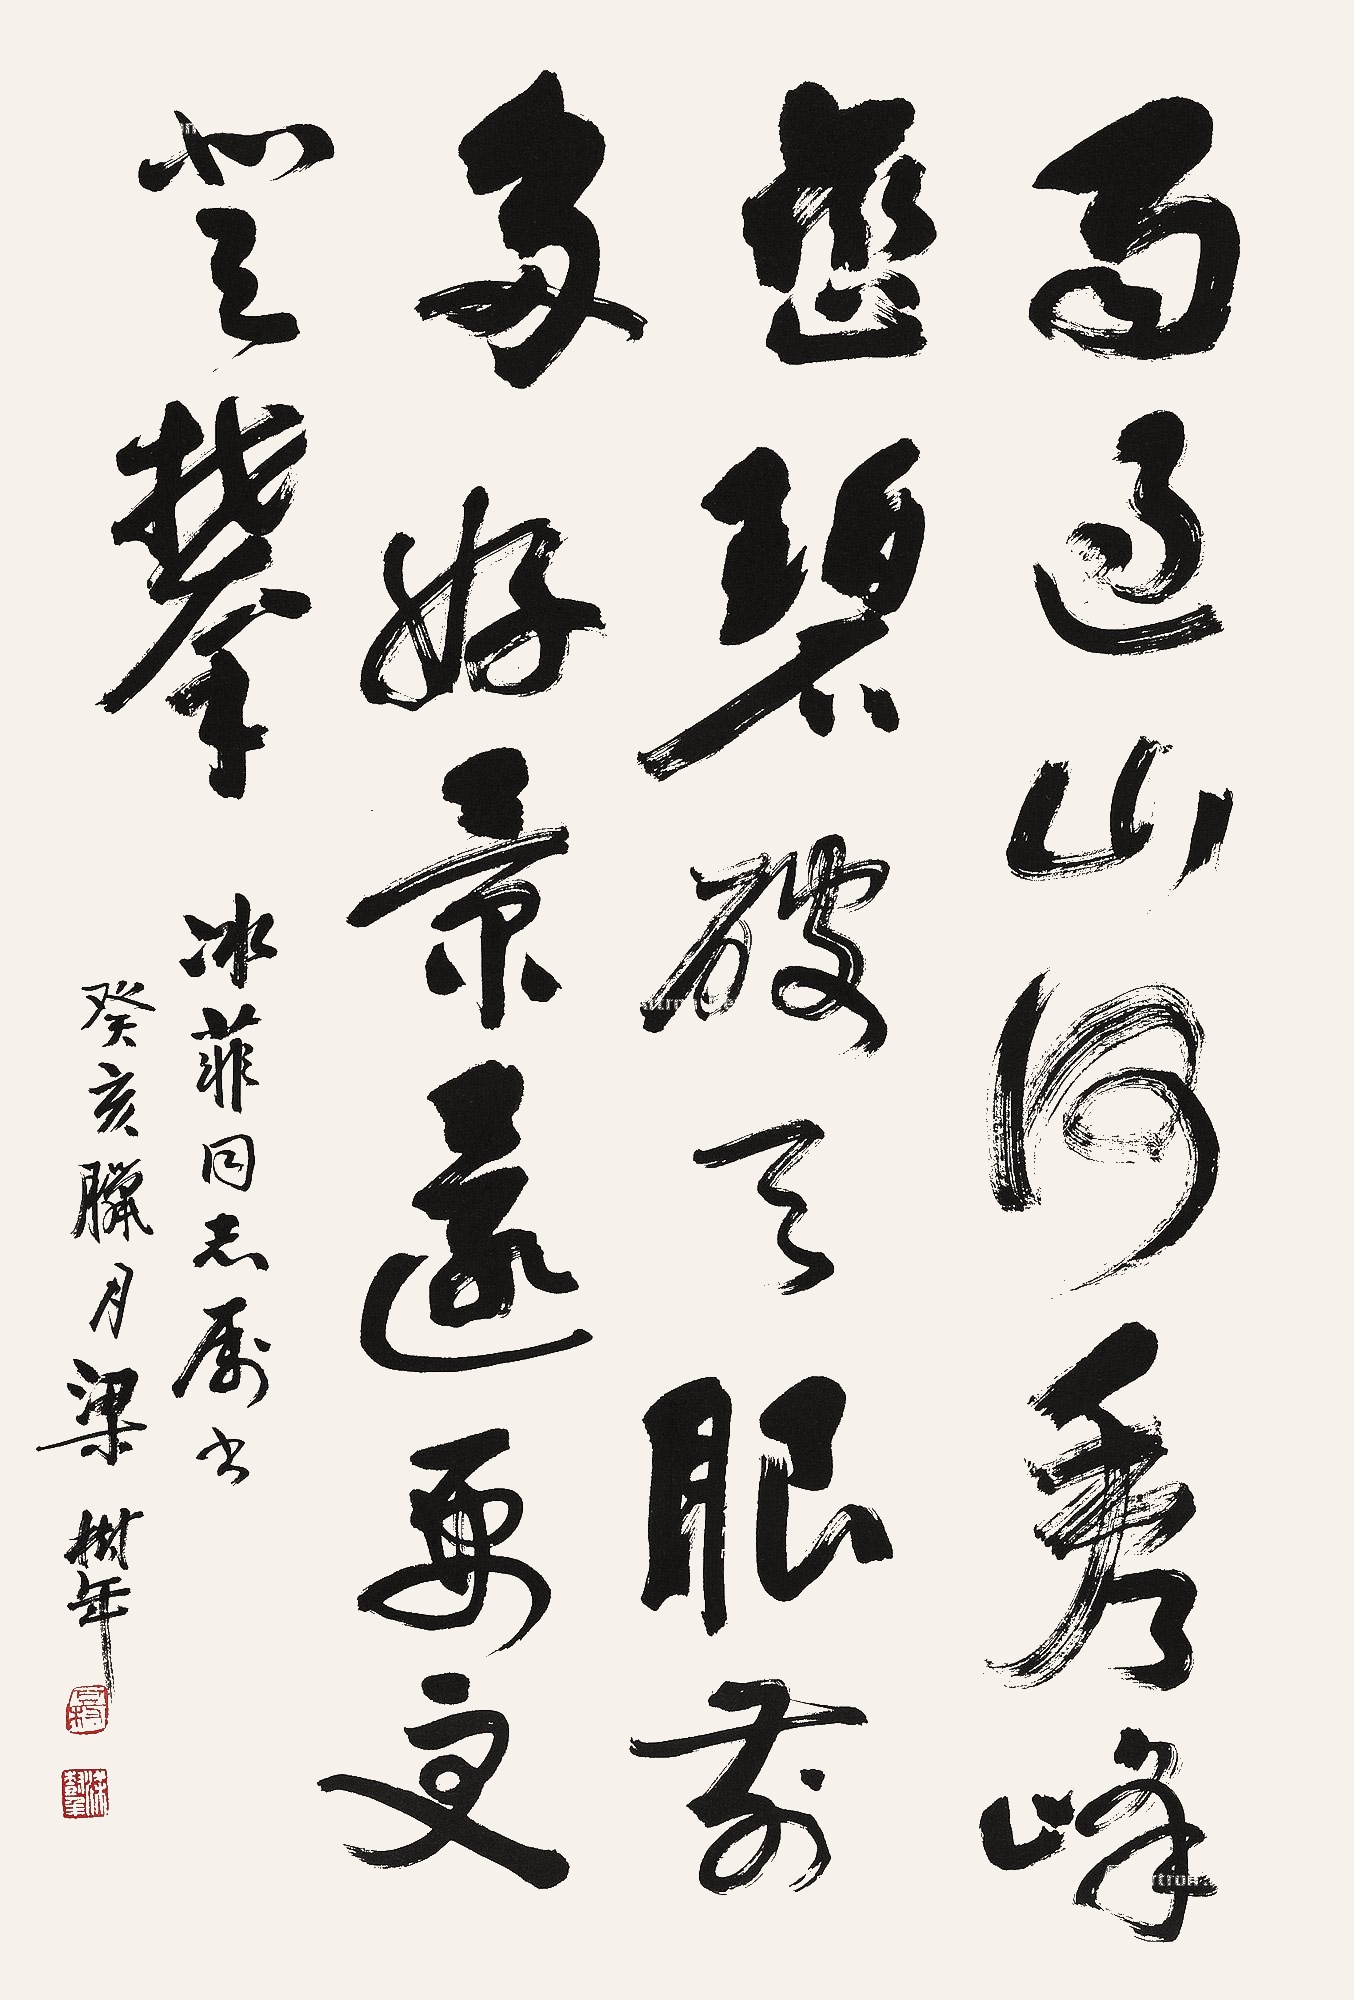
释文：雨过山河秀，峰峦碧破天。眼前多好景，还要更登攀。冰菲同志属书。癸亥腊月，梁树年。